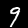
Label: 9